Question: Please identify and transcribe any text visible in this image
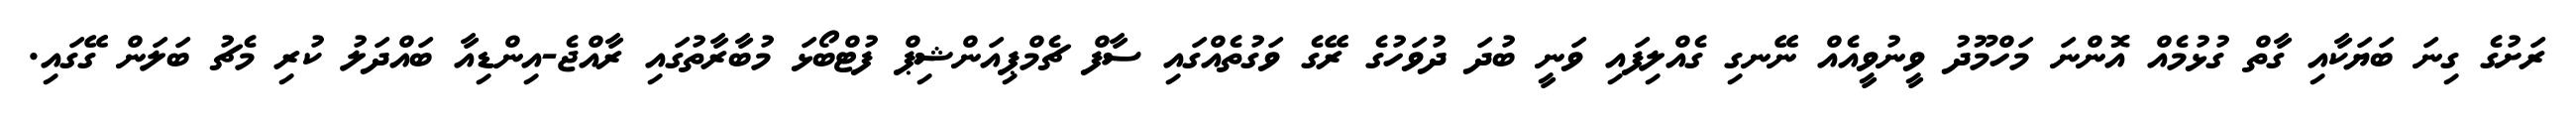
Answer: ރަށުގެ ގިނަ ބަޔަކާއި ގާތް ގުޅުމެއް އޮންނަ މަހްމޫދު ވީނުވީއެއް ނޭނގި ގެއްލިފައި ވަނީ ބުދަ ދުވަހުގެ ރޭގެ ވަގުތެއްގައި ސާފް ޗެމްޕިއަންޝިޕް ފުޓްބޯޅަ މުބާރާތުގައި ރާއްޖެ-އިންޑިއާ ބައްދަލު ކުރި މެޗު ބަލަން ގޭގައި.